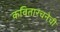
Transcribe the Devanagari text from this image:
कवितारचनेची